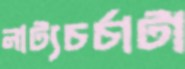
নাট্যচর্চাটা